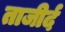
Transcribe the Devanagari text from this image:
ताजीर्द